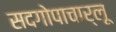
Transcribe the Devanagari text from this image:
सदगोपाचार्लू